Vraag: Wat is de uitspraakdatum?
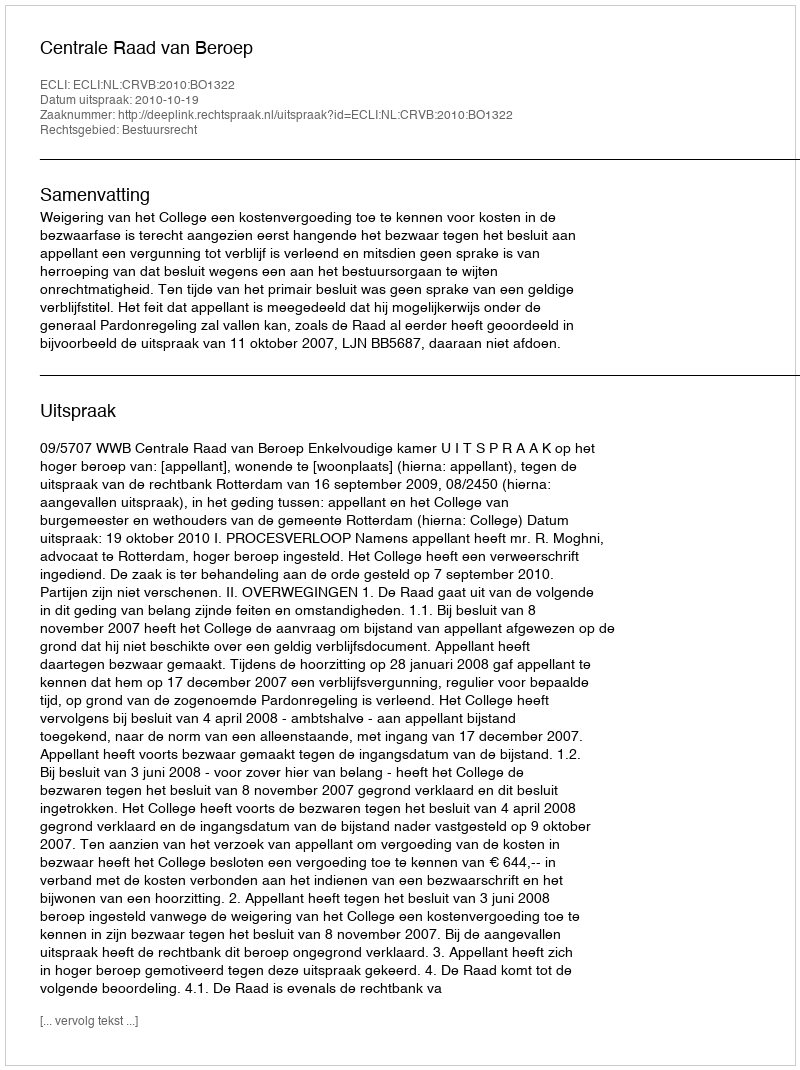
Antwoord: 2010-10-19